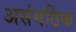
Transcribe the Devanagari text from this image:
असंगठिक